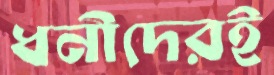
ধনীদেরই